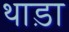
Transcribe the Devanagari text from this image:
थाड़ा